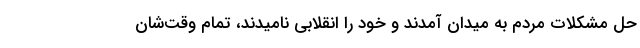
حل مشکلات مردم به میدان آمدند و خود را انقلابی نامیدند، تمام وقت‌شان